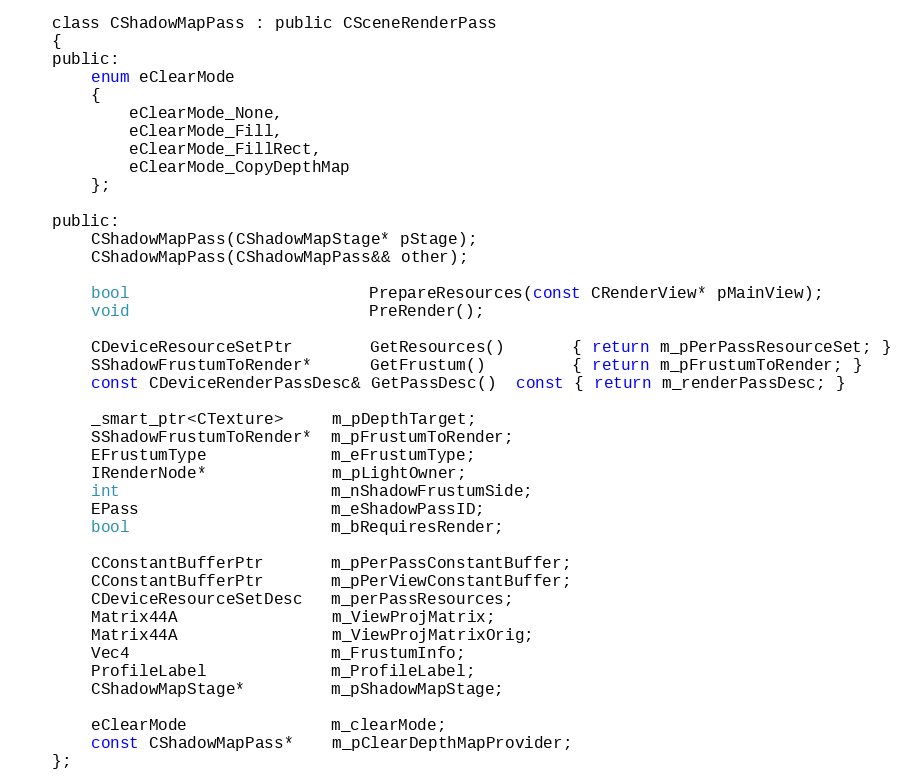
Language: C
	class CShadowMapPass : public CSceneRenderPass
	{
	public:
		enum eClearMode
		{
			eClearMode_None,
			eClearMode_Fill,
			eClearMode_FillRect,
			eClearMode_CopyDepthMap
		};

	public:
		CShadowMapPass(CShadowMapStage* pStage);
		CShadowMapPass(CShadowMapPass&& other);

		bool                         PrepareResources(const CRenderView* pMainView);
		void                         PreRender();

		CDeviceResourceSetPtr        GetResources()       { return m_pPerPassResourceSet; }
		SShadowFrustumToRender*      GetFrustum()         { return m_pFrustumToRender; }
		const CDeviceRenderPassDesc& GetPassDesc()  const { return m_renderPassDesc; }

		_smart_ptr<CTexture>     m_pDepthTarget;
		SShadowFrustumToRender*  m_pFrustumToRender;
		EFrustumType             m_eFrustumType;
		IRenderNode*             m_pLightOwner;
		int                      m_nShadowFrustumSide;
		EPass                    m_eShadowPassID;
		bool                     m_bRequiresRender;

		CConstantBufferPtr       m_pPerPassConstantBuffer;
		CConstantBufferPtr       m_pPerViewConstantBuffer;
		CDeviceResourceSetDesc   m_perPassResources;
		Matrix44A                m_ViewProjMatrix;
		Matrix44A                m_ViewProjMatrixOrig;
		Vec4                     m_FrustumInfo;
		ProfileLabel             m_ProfileLabel;
		CShadowMapStage*         m_pShadowMapStage;

		eClearMode               m_clearMode;
		const CShadowMapPass*    m_pClearDepthMapProvider;
	};